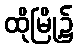
ထိုမြို့၌